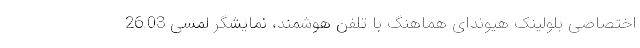
اختصاصی بلولینک هیوندای هماهنگ با تلفن هوشمند، نمایشگر لمسی 26.03